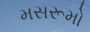
મસરૂમો